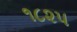
૧૮૨૫